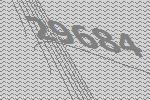
29684